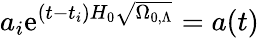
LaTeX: a_{i}\mathrm{e}^{(t-t_{i})H_{0}{\sqrt{\Omega_{0,\Lambda}}}}=a(t)